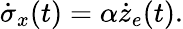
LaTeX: \dot{\sigma}_{x}(t)=\alpha\dot{z}_{e}(t).